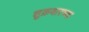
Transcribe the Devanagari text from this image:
शुक्रवारच्या